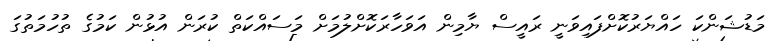
މަޑުޝަންކަ ހައްޔަރުކޮށްފައިވަނީ ރައީސް ޔާމިން އަވަހާރަކޮށްލުމަށް މަސައްކަތް ކުރަން އުޅުން ކަމުގެ ތުހުމަތުގަ